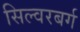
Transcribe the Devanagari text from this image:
सिल्वरबर्ग